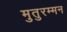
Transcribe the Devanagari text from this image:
मुतुरम्मन